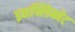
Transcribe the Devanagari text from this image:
इनफ्लिब्नेट